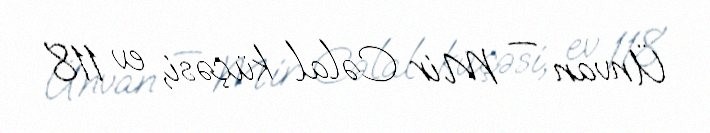
Ünvan — Mir Cəlal küçəsi, ev 118